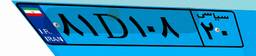
۸۱D۱۰۸۲۰